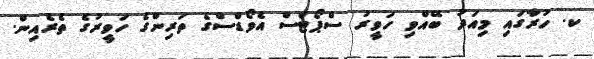
ކ. ހުރާގައި މިއަދު ބޭއްވި ހަވީރު ސްޕޯޓްސް އެވޯޑްސްގެ ތަރިންގެ ހަވީރުގެ ތެރެއިން.